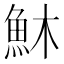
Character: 𩵦